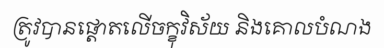
ត្រូវបានផ្តោតលើចក្ខុវិស័យ និងគោលបំណង